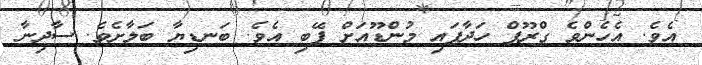
އެވެ. އެހެންވެ ގްރޫޕް ހަދާފައި މުންޑޫއަށް ފޭބި އެވެ. ބަނޑިޔާ ބަލާށެވެ. ސާދިނާ